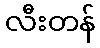
လီးတန်